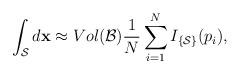
LaTeX: \begin{align*} \int_\mathcal{S} d\mathbf{x} \approx Vol(\mathcal{B})\frac{1}{N}\sum_{i=1}^N I_{\{\mathcal{S}\}}(p_i),\end{align*}